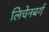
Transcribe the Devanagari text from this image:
लिचेनबर्ग